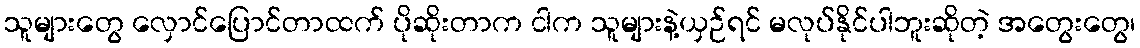
သူများတွေ လှောင်ပြောင်တာထက် ပိုဆိုးတာက ငါက သူများနဲ့ယှဉ်ရင် မလုပ်နိုင်ပါဘူးဆိုတဲ့ အတွေးတွေ၊